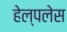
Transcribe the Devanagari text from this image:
हेल्पलेस